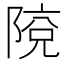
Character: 𨺥